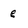
Character: e